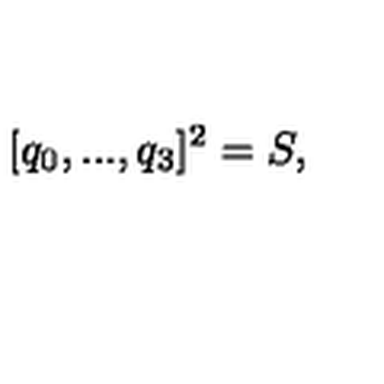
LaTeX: [ q _ { 0 } , . . . , q _ { 3 } ] ^ { 2 } = S ,